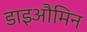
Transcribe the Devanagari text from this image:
डाइऔमिन